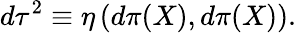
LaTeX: d\tau^{2}\equiv\eta\left(d\pi(X),d\pi(X)\right).